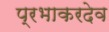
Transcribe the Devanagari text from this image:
प्रभाकरदेव